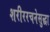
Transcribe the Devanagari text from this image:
शरीररचनेसुद्धा